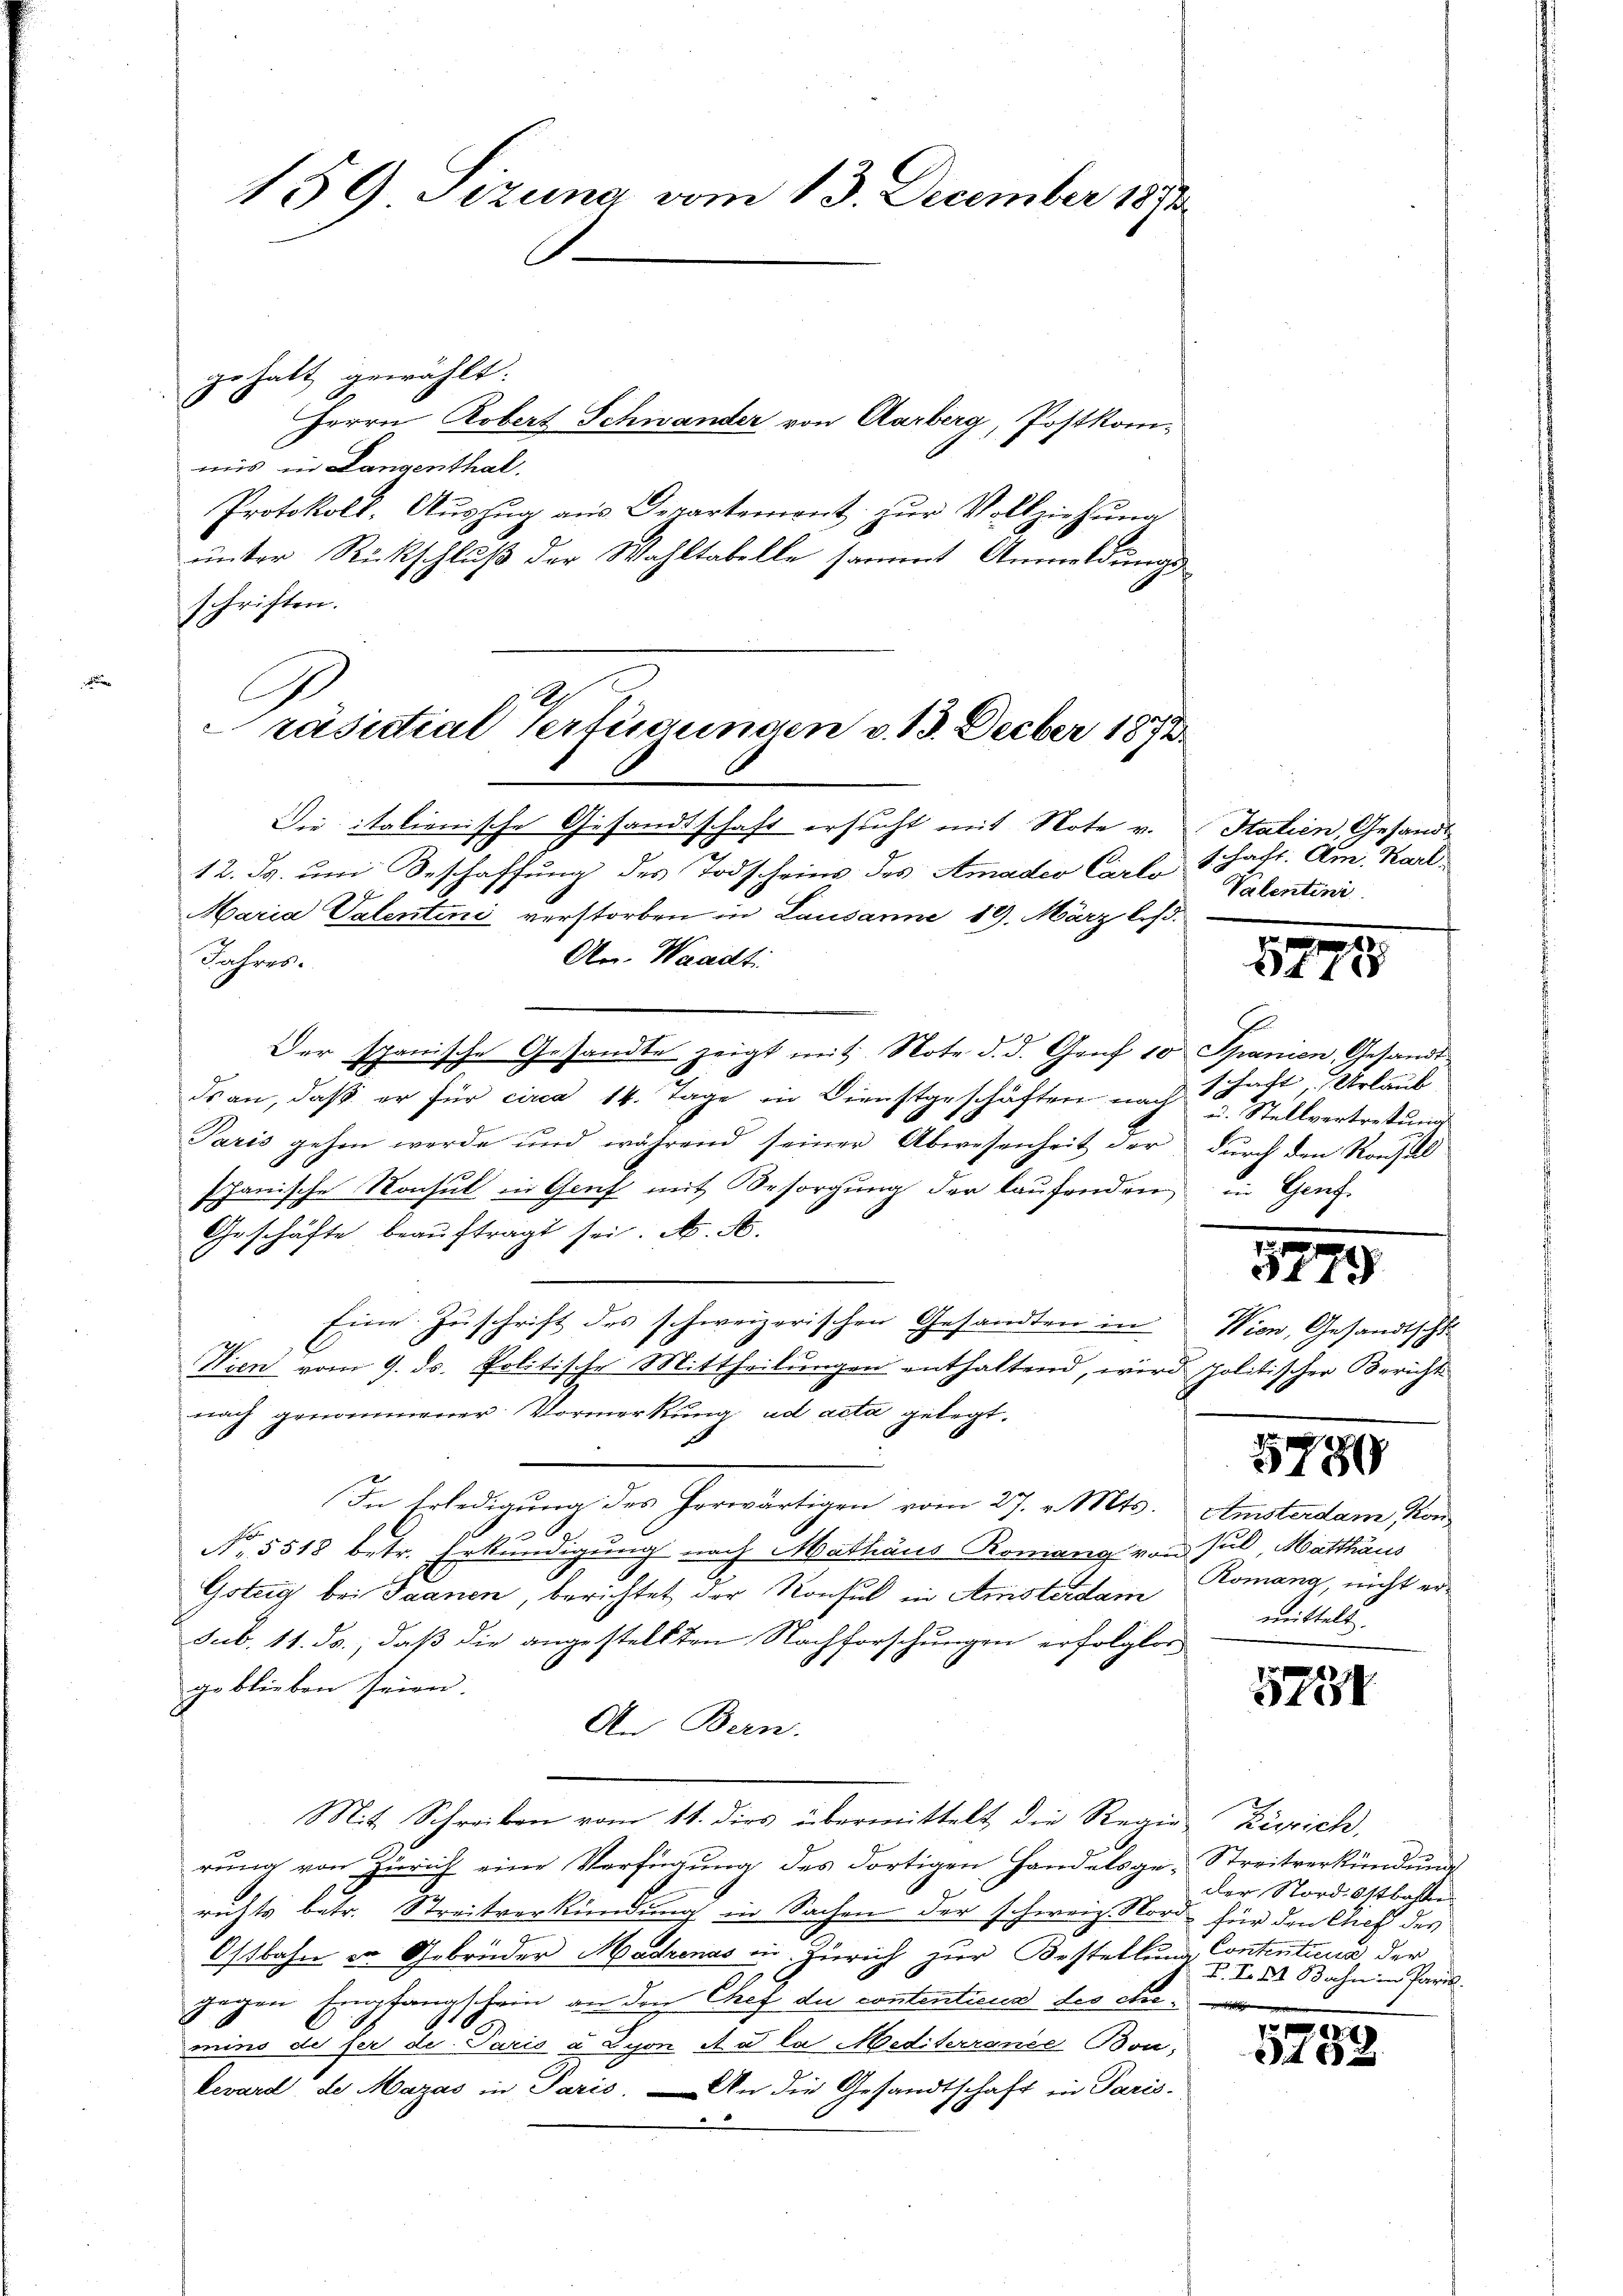
159 Setzuna vom 13. December 1891

gehalt gewählt.
Herrn Robert Schwander von Aarberg, Postkom-
mis in Langenthal.
Protokoll. Aŭszŭg aŭs Departemont zŭr Vollziehŭng
unter Rückschluß der Wahltabelle sammt Anmeldungsschriften.
12. ds. und Beschaffung des Todscheins des Amadeo Carlo Schaft. Am Karl
Maria Valentini verstorben in Lausanne 19. März best
An. Waadt:
Pasoes.
Der Spanische Gesandte zeigt mit Note d. d. Genf 10 Spanien, Gesandtds an, daß er für circa 14. Tage in Dienstgeschäften nach schaft Urlaub
Paris gehen werde und während seiner Abwesenheit der durch den Konsul
Janische Konsul in Genf mit Besorgung der laufenden in Genf
Geschäfte beauftragt sei. A. A.
 Eine Zuschrift des schweizerischen Gesandten in Wien, Gesandtschl
Wien vom 9. ds. Politische Mittheilungen enthaltend, wird politischer Bericht
nach genommener Vormerkung ad acta gelegt.
E
In Erledigung des Horwärtigen vom 27. v. Mts. Amsterdam Kon
No. 5518 betr. Erkundigung nach Mathäus Romang von sul, Matthaus
Gsteig bei Saanen, berichtet der Konsul in Ansterdam Romang, nicht ersub. 11. Js., daß die angestellten Nachforschungen erfolglos
geblieben seien.
An Bern.
Mit Schreiben vom 11. dies übermittelt die Regie Zürich,
rung von Zürich eine Verfügung des dortigen Handelsge-Streitverkündung
richts betr. Streitverkündung in Sachen der schweiz. Nord für den Chef des
Ostbahn in Gebrüder Madenas in Zürich zur Bestellung Contentieur der
gegen Empfangschein an den Chef du contenticus des die
mins de ser de Paris u Lyon Aa la Mediterrance Bon;
levard, der Mazas in Paris. — An die Gesandtschaft in Paris-

räsitial Verfügungen v. 13. Feber 1872

Die italienische Gesandtschaft ersucht mit Note v. Stalien Gesandt

Valentini

1775

E
u. Stellvertretung

5779

5780

mittels.

5751

der Nordostbahne
P. F. I Bahn in Paris.

5739